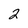
Character: 2